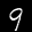
Label: 9